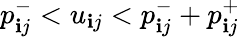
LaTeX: p_{\mathbf{i}j}^{-}<u_{\mathbf{i}j}<p_{\mathbf{i}j}^{-}+p_{\mathbf{i}j}^{+}